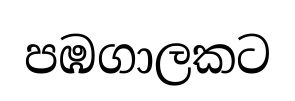
පඹගාලකට